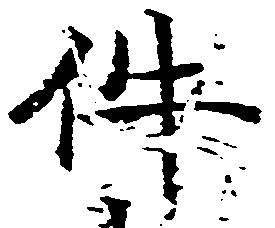
件